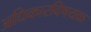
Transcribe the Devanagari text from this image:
अधिकारविषयक